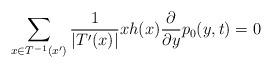
LaTeX: \begin{align*}\sum_{x\in T^{-1}(x')}\frac{1}{\vert T'(x)\vert}xh(x)\frac{\partial}{\partial y}p_{0}(y,t)=0\end{align*}